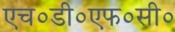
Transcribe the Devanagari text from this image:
एच०डी०एफ०सी०